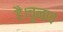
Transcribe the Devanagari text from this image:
है।चुनाव